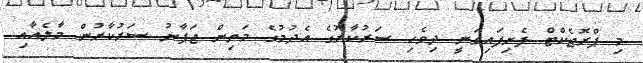
މި ޕްރޮޖެކްޓް ފެށިފައިވަނީ ދިވެހި ސަރުކާރުގެ އެދުމުގެ މަތިން ޖަޕާނު ސަރުކާރުން މާލެއާއި